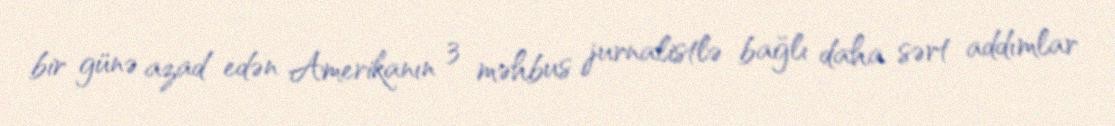
bir günə azad edən Amerikanın 3 məhbus jurnalistlə bağlı daha sərt addımlar